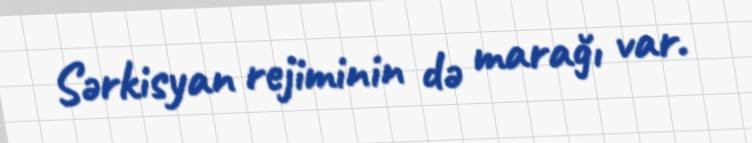
Sərkisyan rejiminin də marağı var.